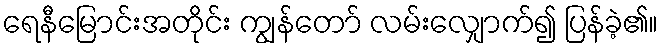
ရေနီမြောင်းအတိုင်း ကျွန်တော် လမ်းလျှောက်၍ ပြန်ခဲ့၏။